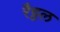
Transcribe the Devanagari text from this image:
रैट्टल